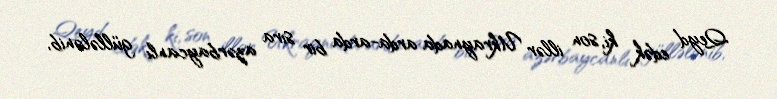
Qeyd edək ki, son illər Ukraynada arda-arda bir sıra azərbaycanlı güllələnib,